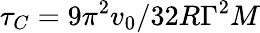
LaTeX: \tau_{C}={9\pi^{2}}{v_{0}/32R\Gamma^{2}M}